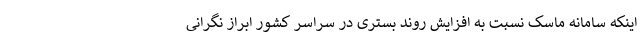
اینکه سامانه ماسک نسبت به افزایش روند بستری در سراسر کشور ابراز نگرانی